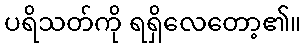
ပရိသတ်ကို ရရှိလေတော့၏။